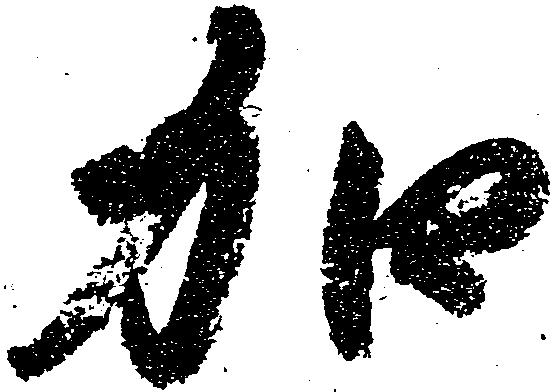
加